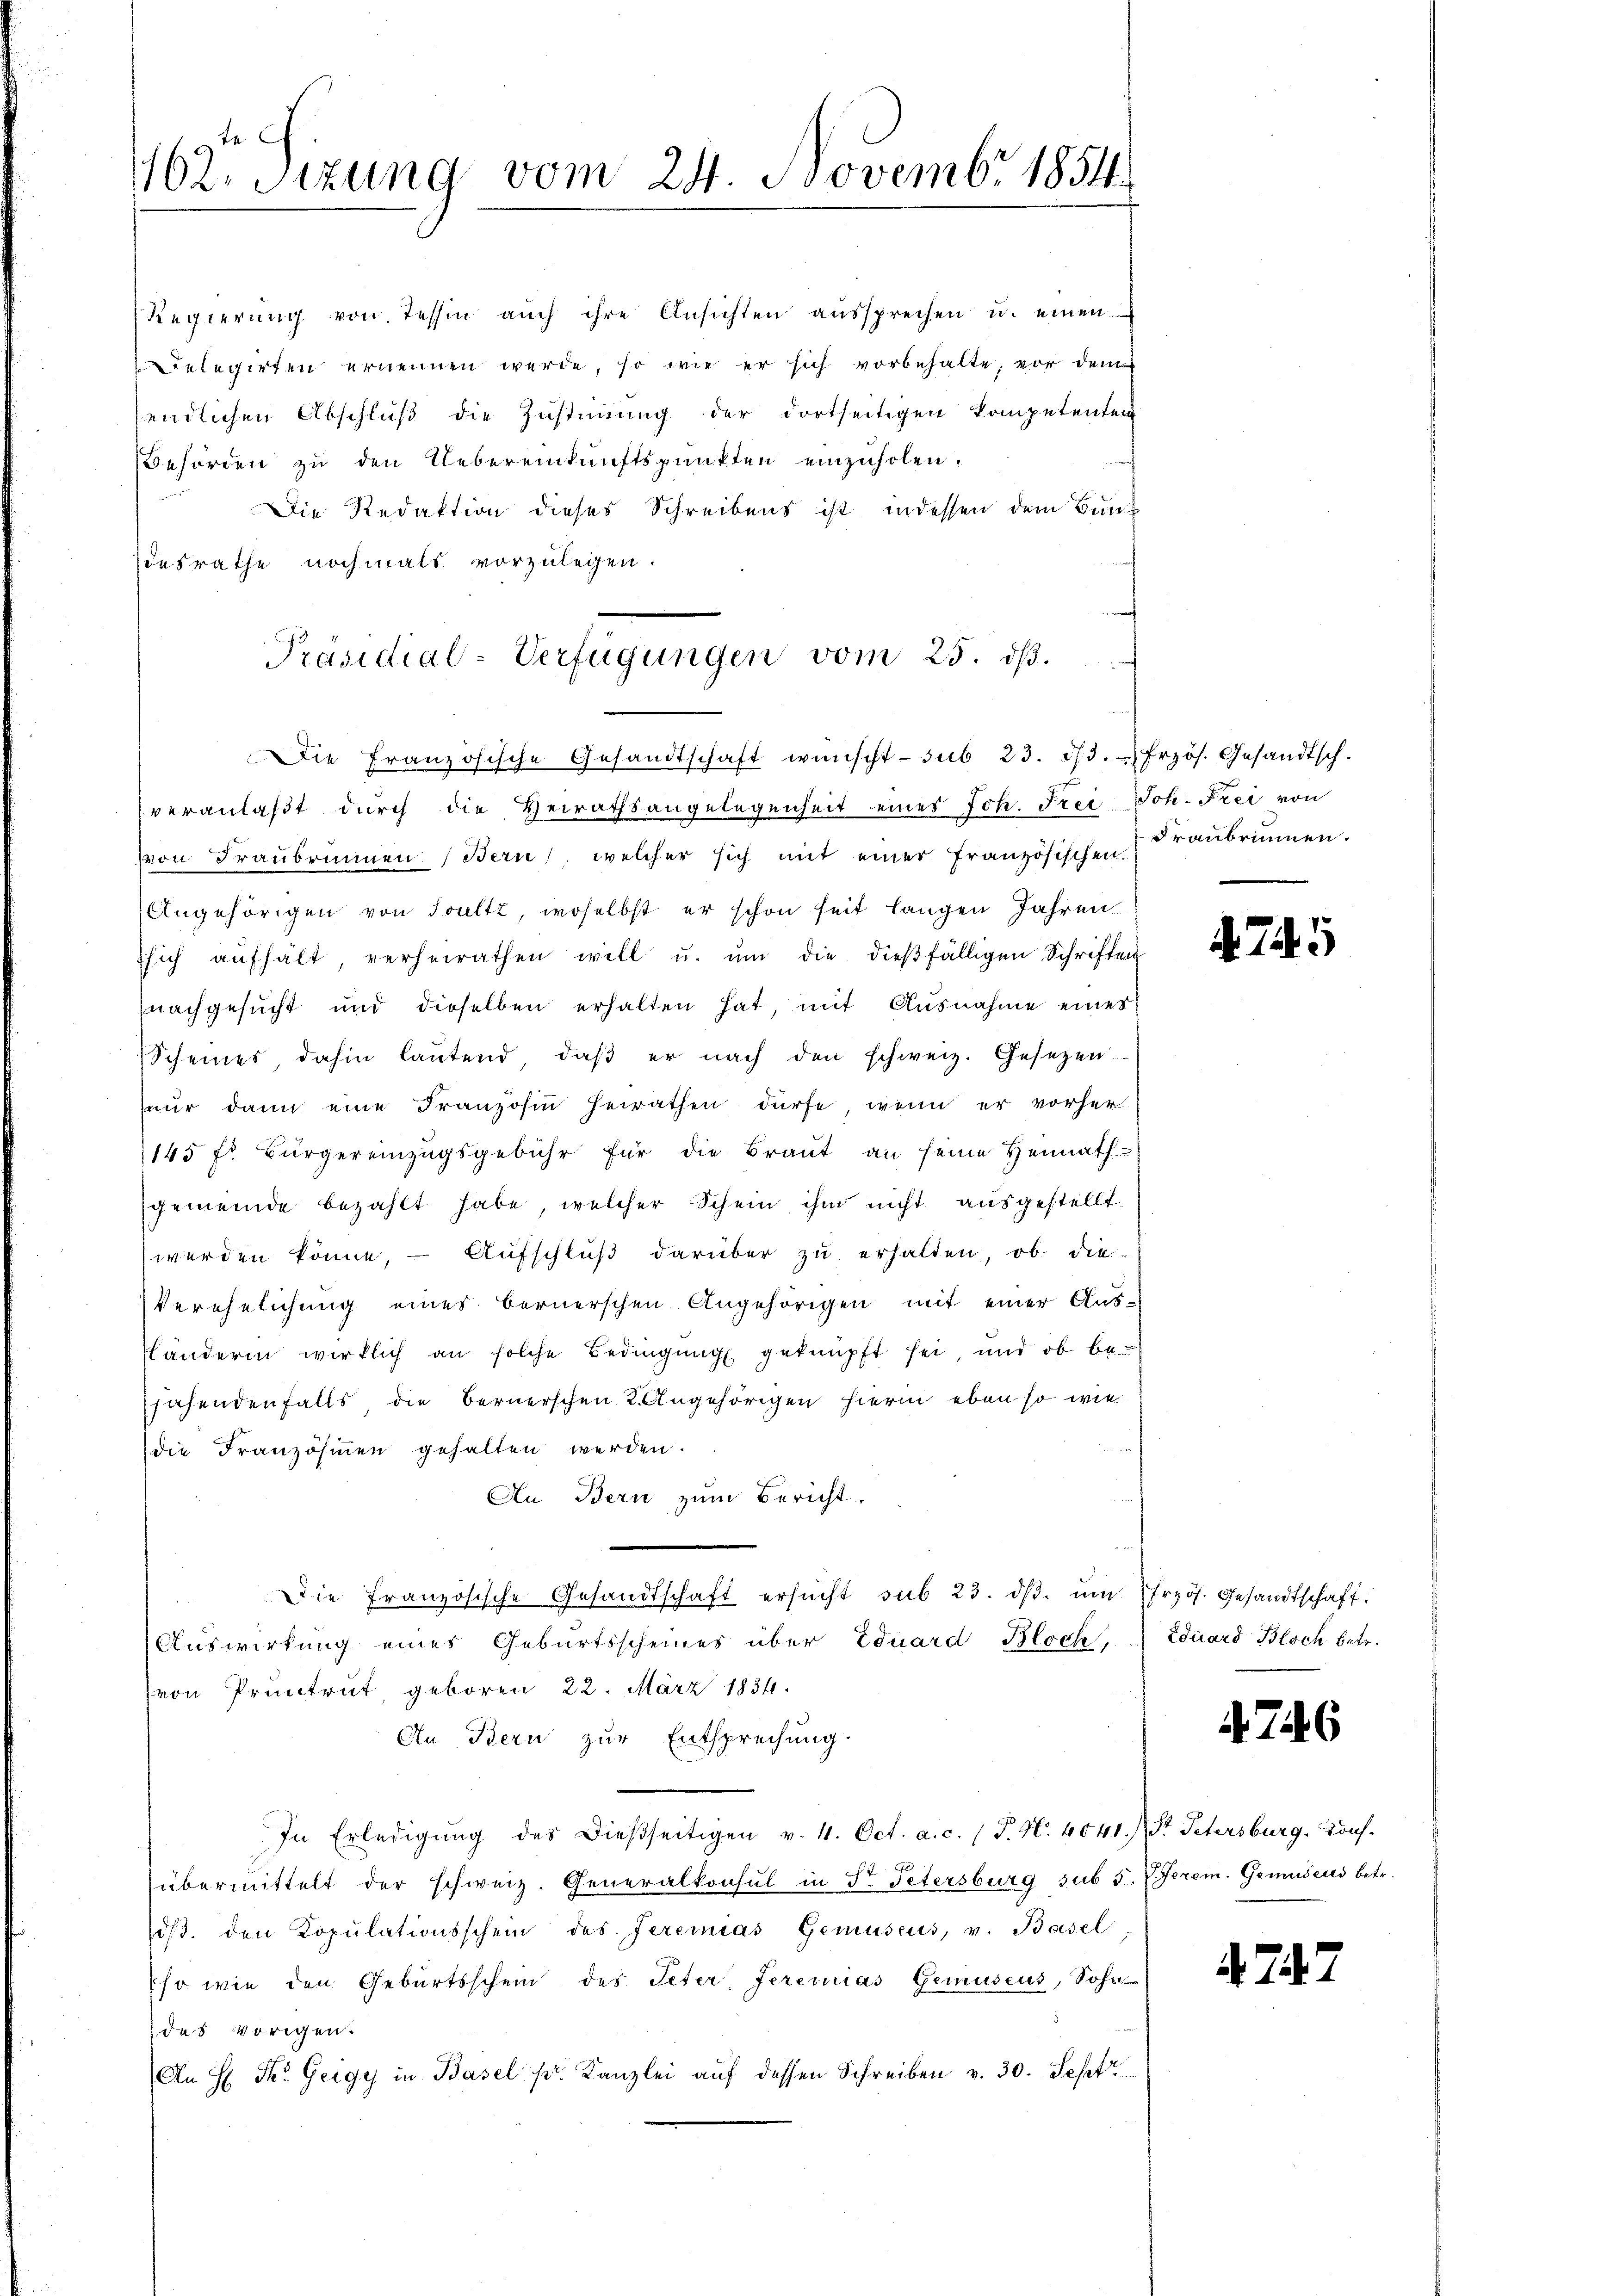
102. Sitzung vom 24. Novembr 1854.

Regierŭng von Tessin aŭch ihre Ansichten aŭssprechen u. einen
Telegirten ernennen werde, so wie er sich vorbehalte, vor dem
endlichen Abschluß die Zustimmung der dortseitigen Kompetenten
Behörden zu den Uebereinkunftspunkten einzuholen.
Die Redaktion dieses Schreibens ist, indessen dem Buniesrathe nochmals vorzulegen.
A
veranlaßt durch die Heirathsangelegenheit eines Joh. Frei Joh. Frei von
von Fraubrunnen (Bern, welcher sich mit einer französischen Traubrunnen.
Angehörigen von Soultz, woselbst er schon seit langen Jahren
ssich aufhält, verheirathen will u. ŭm die dießfälligen Schriften
nachgesucht und dieselben erhalten hat, mit Ausnahme eines
Scheines, dahin laŭtend, daβ er nach den schweiz. Gesetzen.
nur dann eine Franzosen heirathen dürfe, wenn er vorher
145 fr. Bürgereinzŭgsgebühr für die Braut an seine Heimathgemeinde bezahlt habe, welcher Schein ihm nicht ausgestellt.
werden könne, – Aufschluß darüber zu erhalten, ob die
Verehelichung eines bernerschen Angehörigen mit einer Ausfländerin wirklich an solche Bedingung geknüpft sei, und ob be
jahendenfalls, die Bernerschen 2. Angehörigen hierin eben so wie
die Französinnen gehalten werden.
An Bern zum Bericht.
Die französische Gesandtschaft ersucht sub 23. dβ. ŭm frzös. Gesandtschaft,
Auswirkung eines Geburtsscheines über Eduard Bloch,  Eduard Bloch betr.
von Pruntrut, geboren 22. März 1834.
An Bern zur Entsprechung.
In Erledigŭng des dießseitigen v. 4. Oct. a. c. (T. N. 4041.) St. Petersburg. Kons.
r
übermittelt der schweiz. Generalkonsul in S. Petersburg sub 5. V. Jerem. Gemuseus betr.
dβ. den Copŭlationsschein des Jeremias Gemüseus, v. Basel
so wie den Geburtsschein des Peter Jeremias Gemuseus, Sohn
das vorigen.
An H Ik. Geiges in Basel r. Kanzlei auf dessen Schreiben v. 30. Sept

Präsidial-Verfügungen vom 25. dß.
Die Französische Gesandtschaft wünscht sub 23. 33. Frzös. Gesandtsch.

75

746

4.7.

4